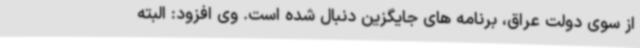
از سوی دولت عراق، برنامه های جایگزین دنبال شده است. وی افزود: البته